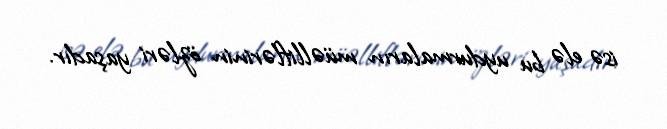
isə elə bu uydurmaların müəlliflərinin özləri yaşadır.